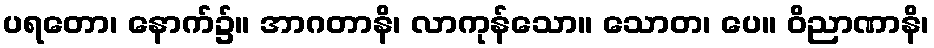
ပရတော၊ နောက်၌။ အာဂတာနိ၊ လာကုန်သော။ သောတ၊ ပေ။ ဝိညာဏာနိ၊